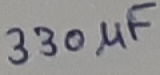
Text: 330µF